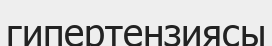
гипертензиясы